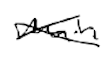
Text: main
Cross-out: cross
Writing tool: digital_black